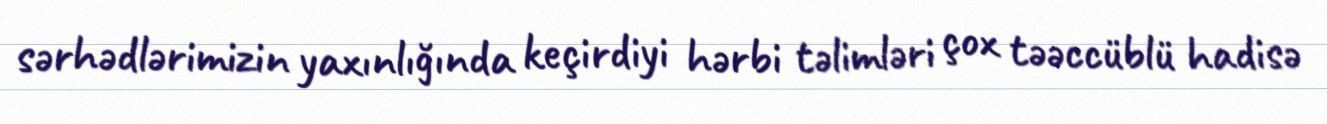
sərhədlərimizin yaxınlığında keçirdiyi hərbi təlimləri çox təəccüblü hadisə